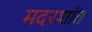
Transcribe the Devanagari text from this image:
मदरशांत